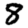
Digit: 8